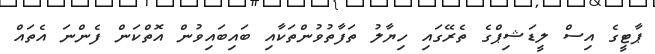
ޕާޓީގެ އިސް ލީޑަޝިޕްގެ ތެރޭގައި ހިޔާލު ތަފާތުވުންތަކާއި ބައިބައިވުން އޮތްކަން ފެންނަ އެތައް